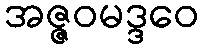
အဇ္ဇဝမဒ္ဒဝေ